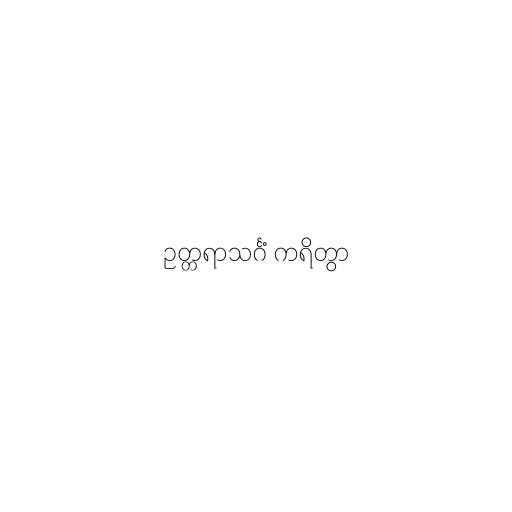
ဥတ္တရာသင်္ဂံ ကရိတွာ